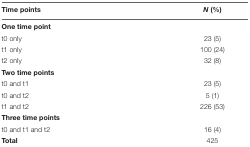
| Time points | N (%) |
 | --- | --- |
 | <COLSPAN=2> One time point |
 | t0 only | 23 (5) |
 | t1 only | 100 (24) |
 | t2 only | 32 (8) |
 | <COLSPAN=2> Two time points |
 | t0 and t1 | 23 (5) |
 | t0 and t2 | 5 (1) |
 | t1 and t2 | 226 (53) |
 | <COLSPAN=2> Three time points |
 | t0 and t1 and t2 | 16 (4) |
 | Total | 425 |